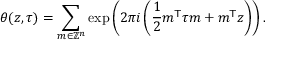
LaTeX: \theta ( z , \tau ) = \sum _ { m \in \mathbb { Z } ^ { n } } \exp \left( 2 \pi i \left( { \frac { 1 } { 2 } } m ^ { \mathsf { T } } \tau m + m ^ { \mathsf { T } } z \right) \right) .